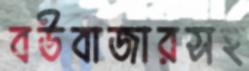
বউবাজারসহ